Lunatic asylums United Provinces 1909-1921 - 1909-1921
Year: 1909
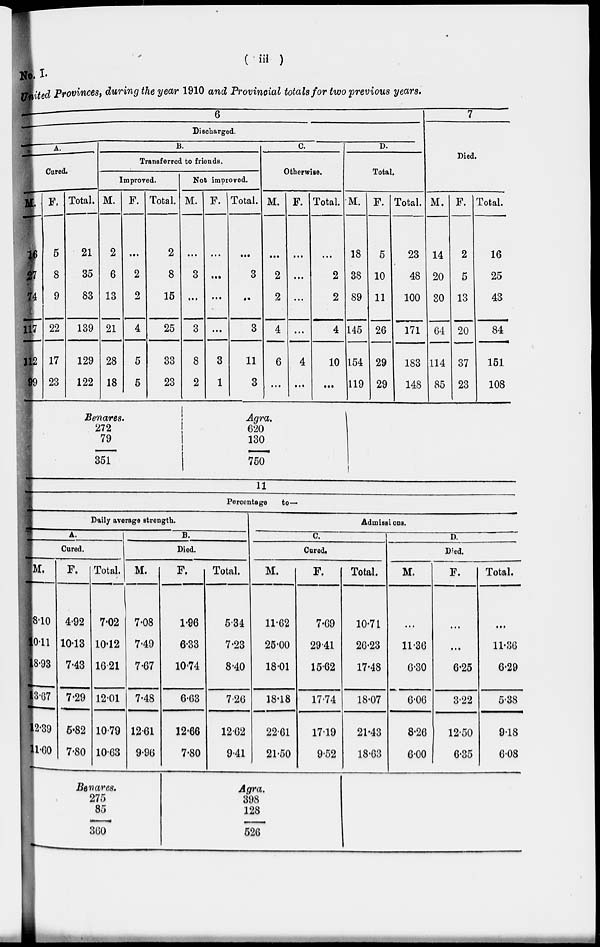
( iii )
No. I.
United Provinces, during the year 1910 and Provincial totals for two previous years.
6
Discharged.
A.
Cured.
M.
16
27
74
117
112
99
F.
5
8
9
22
17
23
Total.
21
35
83
139
129
122
B.
Transferred to friends.
Improved.
M.
2
6
13
21
28
18
F.
...
2
2
4
5
5
Total.
2
8
15
25
33
23
Not improved.
M.
...
3
...
3
8
2
F.
...
...
...
...
3
1
Total.
...
3
..
3
11
3
C.
Otherwise.
M.
...
2
2
4
6
...
F.
...
...
...
...
4
...
Total.
...
2
2
4
10
...
D.
Total.
M.
18
38
89
145
154
119
F.
5
10
11
26
29
29
Total.
23
48
100
171
183
148
7
Died.
M.
14
20
30
64
114
85
F.
2
5
13
20
37
23
Total.
16
25
43
84
151
108
Benares.
272
79
351
Agra.
620
130
750
11
Percentage
to —
Daily average strength.
A.
Cured.
M.
8.10
10.11
18.93
13.67
12.39
11.60
F.
4.92
10.13
7.43
7.29
5.82
7.80
Total.
7.02
10.12
16.21
12.01
10.79
10.63
B.
Died.
M.
7.08
7.49
7.67
7.48
12.61
9.96
F.
1.96
6.33
10.74
6.63
12.66
7.80
Total.
5.34
7.23
8.40
7.26
12.62
9.41
Admissions.
C.
Cured.
M.
11.62
25.00
18.01
18.18
22.61
21.50
F.
7.69
2941
15.62
17.74
17.19
9.52
Total.
10.71
26.23
17.48
18.07
21.43
18.63
D.
Died.
M.
...
11.36
6.30
6.06
8.26
6.00
F.
...
...
6.25
3.22
12.50
6.35
Total.
...
11.36
6.29
5.38
9.18
6.08
Benares.
275
85
360
Agra.
398
128
526